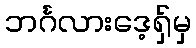
ဘင်္ဂလားဒေ့ရှ်မှ